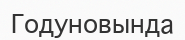
Годуновында